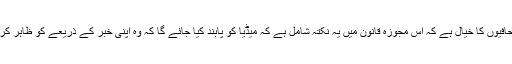
صحافیوں کا خیال ہے کہ اس مجوزہ قانون میں یہ نکتہ شامل ہے کہ میڈیا کو پابند کیا جائے گا کہ وہ اپنی خبر کے ذریعے کو ظاہر کرے۔